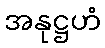
အနုဋ္ဌဟံ